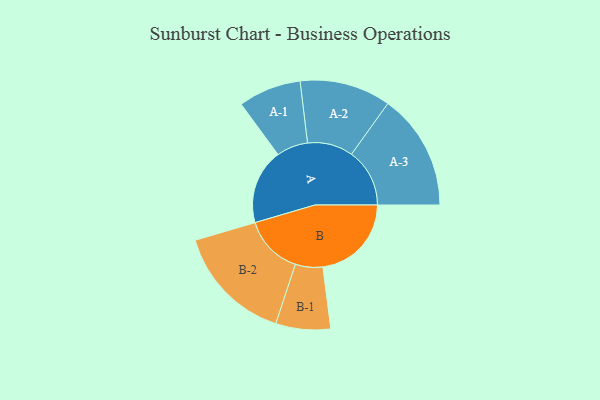
{"axis": {"x": "Segment", "y": "Value"}, "legend": ["", "A", "B"], "data": [{"x": "A", "y": 351, "type": ""}, {"x": "B", "y": 414, "type": ""}, {"x": "A-1", "y": 147, "type": "A"}, {"x": "A-2", "y": 213, "type": "A"}, {"x": "A-3", "y": 272, "type": "A"}, {"x": "B-1", "y": 128, "type": "B"}, {"x": "B-2", "y": 277, "type": "B"}]}